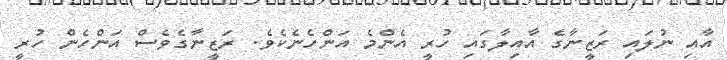
އާއި ނުލައި ރަޒީނާގެ އާއިލާގައި ހުރީ އެންމެ އަންހެނެކެވެ. ރަޒީނާގެވެސް އަންހެން ހުރީ